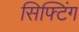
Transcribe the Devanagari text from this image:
सिफ्टिंग